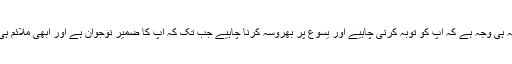
اور یہ ہی وجہ ہے کہ آپ کو توبہ کرنی چاہیے اور یسوع پر بھروسہ کرنا چاہیے جب تک کہ آپ کا ضمیر نوجوان ہے اور ابھی ملائم ہی ہے۔